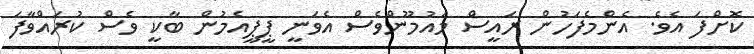
ކޮށްފަ އެވެ. އެންމެފަހުން ރައީސް މައުމޫންވެސް އެވަނީ ޕީޕީއެމުން ބާކީ ވެސް ކުރައްވާފަ